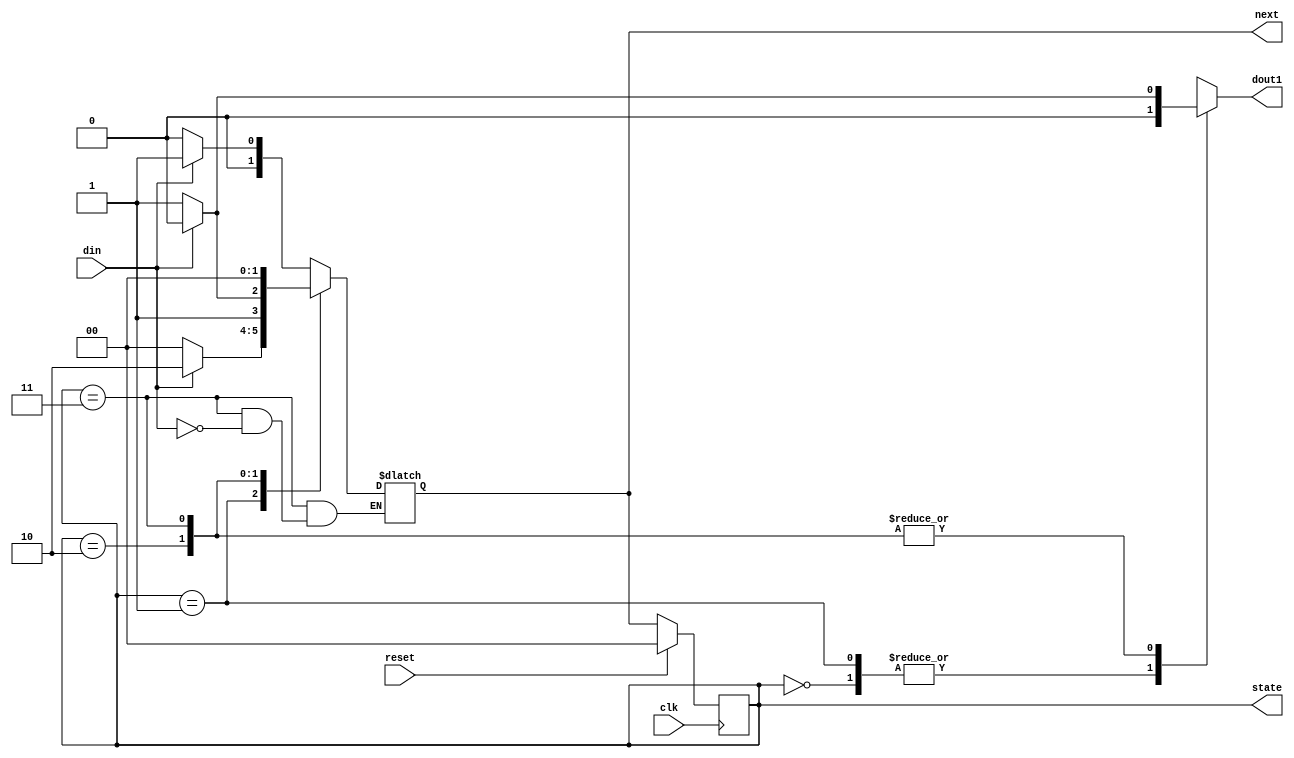
module mealy_1101(clk,reset,din,dout1,state,next);
  input clk,reset,din;
  output reg dout1;
  output reg[1:0] state,next;

  parameter  [1:0] s0=2'b00,
  s1=2'b01,
  s2=2'b10,
  s3=2'b11;
 

  always @(posedge clk) begin
    if(reset==1) begin
      state <= s0;
    end
    else 
       state <= next;
  end
  always @(state or din)
    begin
      case(state)
        s0: begin
          if(din)
            begin
            next = s1;
            dout1 =1'b0;
            end
          else
             next = s0;
            dout1 =1'b0;
        end
        s1: begin
          if(din)
            begin
            next = s2;
            dout1 =1'b0;
            end
          else 
            begin
            next = s0;
            dout1 =1'b0;
            end
        end
        s2: begin
          if(~din)
            begin
             next = s3;
            dout1 =1'b1;
            end
          else 
            begin
            dout1 =1'b0;
            next = s2;
            end
        end
         s3: begin
          if(din)
            begin
             next = s0;
            dout1 =1'b0;
            end
          else 
            dout1 =1'b1;           

        end
      endcase
    
  end
endmodule